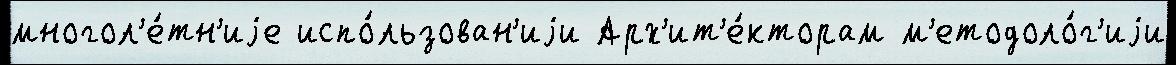
многол'е́тн'иjе испо́льзован'иjи Арх'ит'е́кторам м'етодоло́г'иjи